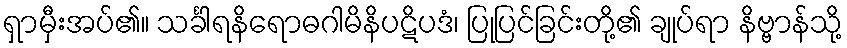
ရှာမှီးအပ်၏။ သင်္ခါရနိရောဓဂါမိနိပဋိပဒံ၊ ပြုပြင်ခြင်းတို့၏ ချုပ်ရာ နိဗ္ဗာန်သို့